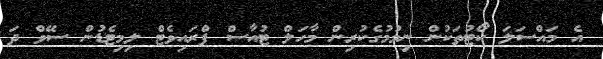
އެ މައްސަލަ ކޯޓުތަކުން ނިމުމުގެކުރިން މާހަލް ޓުއާސް ޕްރައިވެޓް ލިމިޓެޑުން ސޭވް ދަ